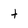
Character: t